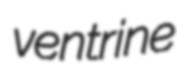
ventrine